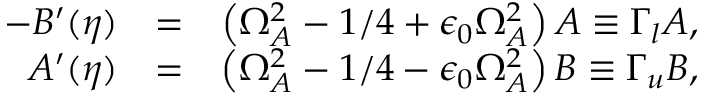
\begin{array} { r l r } { - B ^ { \prime } ( \eta ) } & { = } & { \left( \Omega _ { A } ^ { 2 } - 1 / 4 + \epsilon _ { 0 } \Omega _ { A } ^ { 2 } \right) A \equiv \Gamma _ { l } A , } \\ { A ^ { \prime } ( \eta ) } & { = } & { \left( \Omega _ { A } ^ { 2 } - 1 / 4 - \epsilon _ { 0 } \Omega _ { A } ^ { 2 } \right) B \equiv \Gamma _ { u } B , } \end{array}